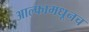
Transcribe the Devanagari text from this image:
आल्फामधूनच